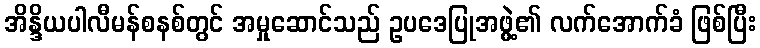
အိန္ဒိယပါလီမန်စနစ်တွင် အမှုဆောင်သည် ဥပဒေပြုအဖွဲ့၏ လက်အောက်ခံ ဖြစ်ပြီး